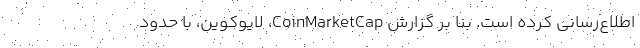
اطلاع‌رسانی کرده است. بنا بر گزارش CoinMarketCap، لایوکوین، با حدود